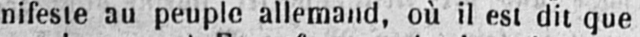
nifeste au peuple allemand, où il est dit que